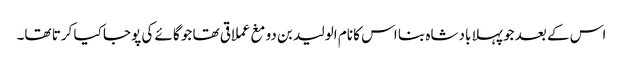
اس کے بعد جو پہلا بادشاہ بنا اس کا نام الولید بن دومغ عملاقی تھا جو گائے کی پوجا کیا کرتا تھا۔